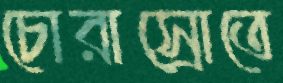
চোরাস্রোতে